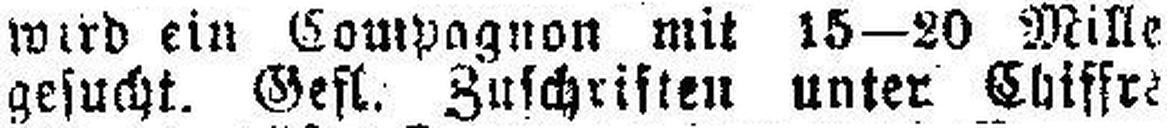
gesucht Gefl. Zuschriften unter Chiffre